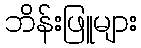
ဘိန်းဖြူများ